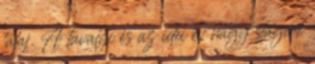
talaj. A tavalyi és az idei év nagy slágere